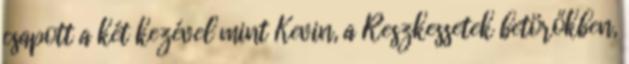
csapott a két kezével mint Kevin, a Reszkessetek betörőkben,